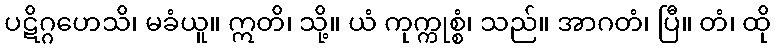
ပဋိဂ္ဂဟေသိ၊ မခံယူ။ ဣတိ၊ သို့။ ယံ ကုက္ကုစ္စံ၊ သည်။ အာဂတံ၊ ပြီ။ တံ၊ ထို